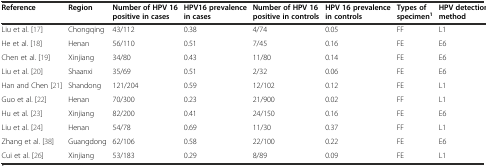
| Reference | Region | Number of HPV 16 positive in cases | HPV16 prevalence in cases | Number of HPV 16 positive in controls | HPV 16 prevalence in controls | Types of specimen1 | HPV detection method |
 | --- | --- | --- | --- | --- | --- | --- | --- |
 | Liu et al. [17] | Chongqing | 43/112 | 0.38 | 4/74 | 0.05 | FF | L1 |
 | He et al. [18] | Henan | 56/110 | 0.51 | 7/45 | 0.16 | FE | E6 |
 | Chen et al. [19] | Xinjiang | 34/80 | 0.43 | 11/80 | 0.14 | FE | E6 |
 | Liu et al. [20] | Shaanxi | 35/69 | 0.51 | 2/32 | 0.06 | FE | E6 |
 | Han and Chen [21] | Shandong | 121/204 | 0.59 | 12/102 | 0.12 | FE | L1 |
 | Guo et al. [22] | Henan | 70/300 | 0.23 | 21/900 | 0.02 | FF | L1 |
 | Hu et al. [23] | Xinjiang | 82/200 | 0.41 | 24/150 | 0.16 | FE | E6 |
 | Liu et al. [24] | Henan | 54/78 | 0.69 | 11/30 | 0.37 | FF | L1 |
 | Zhang et al. [38] | Guangdong | 62/106 | 0.58 | 22/100 | 0.22 | FE | E6 |
 | Cui et al. [26] | Xinjiang | 53/183 | 0.29 | 8/89 | 0.09 | FE | L1 |